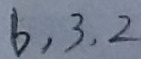
6 . 3 . 2